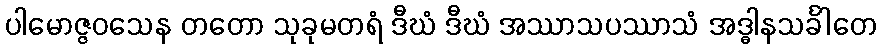
ပါမောဇ္ဇဝသေန တတော သုခုမတရံ ဒီဃံ ဒီဃံ အဿာသပဿာသံ အဒ္ဓါနသင်္ခါတေ